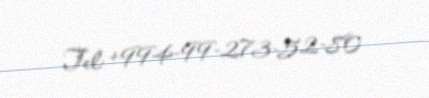
Tel: +994-99-273-52-80